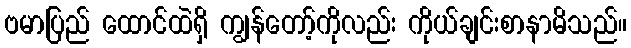
ဗမာပြည် ထောင်ထဲရှိ ကျွန်တော့်ကိုလည်း ကိုယ်ချင်းစာနာမိသည်။